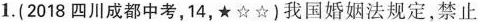
1.（2018四川成都中考，14，★☆☆）我国婚姻法规定，禁止